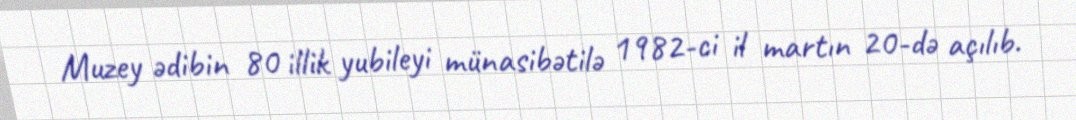
Muzey ədibin 80 illik yubileyi münasibətilə 1982-ci il martın 20-də açılıb.